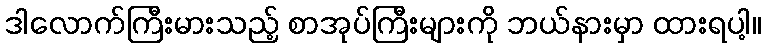
ဒါလောက်ကြီးမားသည့် စာအုပ်ကြီးများကို ဘယ်နားမှာ ထားရပါ့။